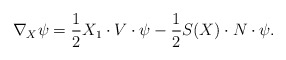
\begin{align*}\nabla_X\psi=\frac{1}{2}X_1\cdot V\cdot\psi-\frac{1}{2}S(X)\cdot N\cdot\psi.\end{align*}